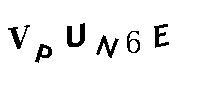
VPUN6E